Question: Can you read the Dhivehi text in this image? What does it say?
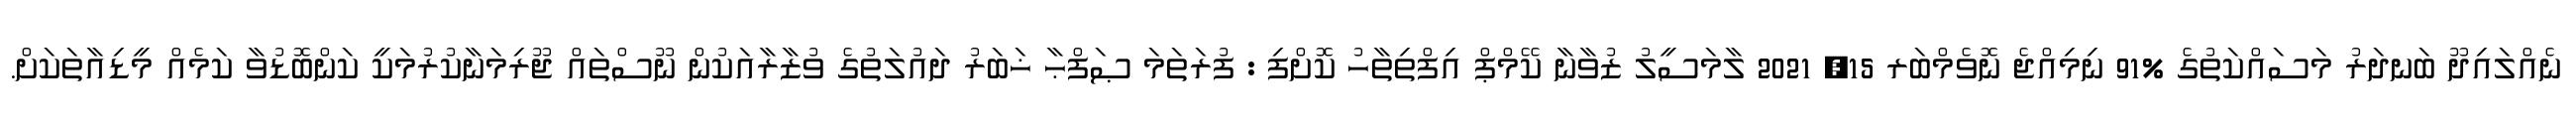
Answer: ނެއްލައިދޫ ބަނދަރު މަސައްކަތުގެ %91 ނިމިއްޖެ ނޮވެމްބަރ 15, 2021 ލާމަސީލު ޒުވާނާ ކޭމްޕް އިފްތިތާހު ކޮށްފި : ފުރަތަމަ ޞަފްޙާ ޚަބަރު ދައުލަތުގެ ވުޒާރާއަކުން ނޫސްތައް ޖޫރިމަނާކުރުމަކީ ކަންބޮޑުވާ ކަމެއް މީޑިއާތަކަށް.